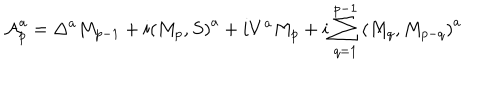
{ \cal A } _ { p } ^ { a } = \Delta ^ { a } M _ { p - 1 } + i \left( M _ { p } , S \right) ^ { a } + i V ^ { a } M _ { p } + i \sum _ { q = 1 } ^ { p - 1 } \left( M _ { q } , M _ { p - q } \right) ^ { a }